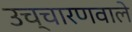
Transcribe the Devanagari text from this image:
उच्चारणवाले